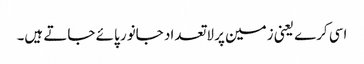
اسی کرے یعنی زمین پر لاتعداد جانور پائے جاتے ہیں۔